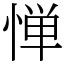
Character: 惮